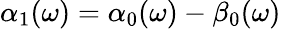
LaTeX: \alpha_{1}(\omega)=\alpha_{0}(\omega)-\beta_{0}(\omega)